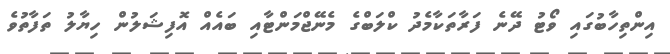
އިންތިހާބުގައި ވޯޓު ދޭނެ ފަރާތަކާމެދު ކްލަބްގެ މެނޭޖްމަންޓާއި ބައެއް އޮފިޝަލުން ހިޔާލު ތަފާތުވެ